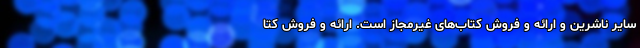
سایر ناشرین و ارائه و فروش کتاب‌های غیرمجاز است. ارائه و فروش کتا